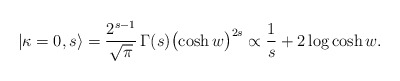
\begin{align*}|\kappa=0,s\rangle=\frac{2^{s-1}}{\sqrt{\pi}}\,\Gamma(s)\bigl(\cosh w\bigr)^{2s}\propto \frac{1}{s}+2\log\cosh w.\end{align*}